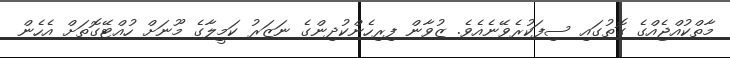
މާތްކުއްޖެއްގެ ގޮތުގައި ސިފަކުރެވޭނެއެވެ. ޒުވާން ފިރިހެންކުދިންގެ ނަޒަރު ކަމީލާގެ މޫނަށް ހުއްޓޭގޮތަށް އެހެން